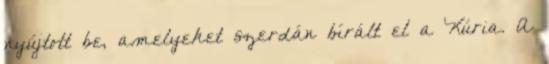
nyújtott be, amelyeket szerdán bírált el a Kúria. A